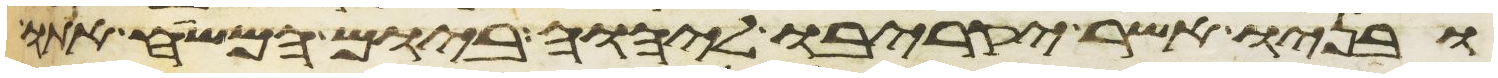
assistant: ובניו אשר יקריבו ליהוה ביום המשיח אתו